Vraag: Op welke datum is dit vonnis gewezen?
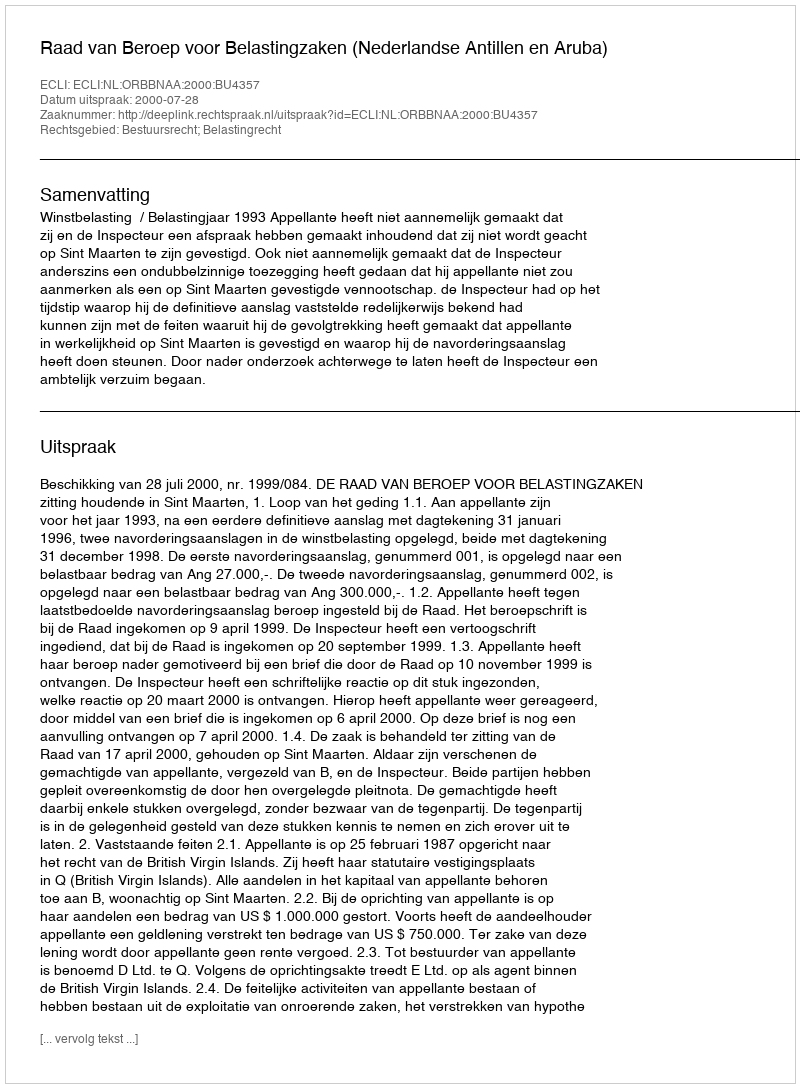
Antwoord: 2000-07-28